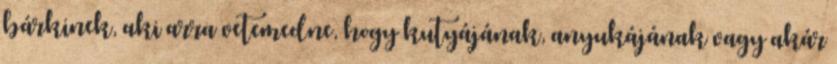
bárkinek, aki arra vetemedne, hogy kutyájának, anyukájának vagy akár